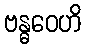
ဗန္ဓဝေဟိ